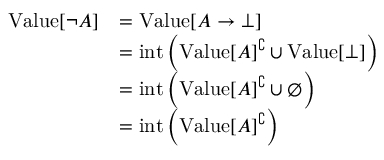
{ \begin{array} { r l } { { \mathrm { V a l u e } } [ \neg A ] } & { = { \mathrm { V a l u e } } [ A \to \bot ] } \\ & { = { \mathrm { i n t } } \left( { \mathrm { V a l u e } } [ A ] ^ { \complement } \cup { \mathrm { V a l u e } } [ \bot ] \right) } \\ & { = { \mathrm { i n t } } \left( { \mathrm { V a l u e } } [ A ] ^ { \complement } \cup \emptyset \right) } \\ & { = { \mathrm { i n t } } \left( { \mathrm { V a l u e } } [ A ] ^ { \complement } \right) } \end{array} }